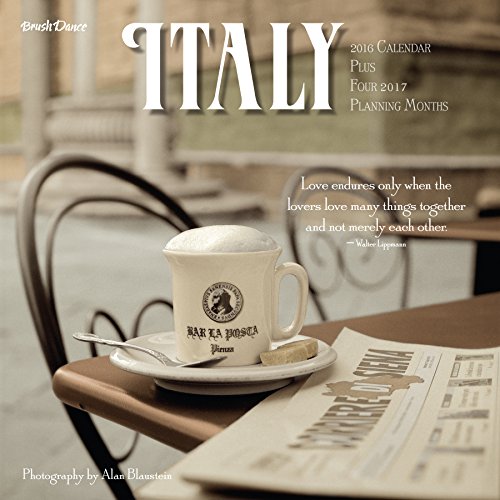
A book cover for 2016 Italy Wall Calendar; Brush Dance and Alan Blaustein; Calendars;